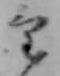
け